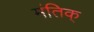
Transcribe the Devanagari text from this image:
मंतिक्‌